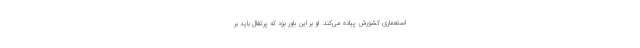
استعماری کشورش پیاده می‌کند. او بر این باور بود که پرتغال باید بر